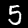
Label: 5